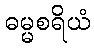
ဓမ္မစရိယံ